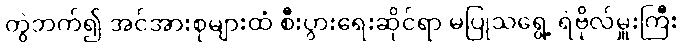
တွဲဘက်၍ အင်အားစုများထံ စီးပွားရေးဆိုင်ရာ မပြုသရွေ့ ရဲဗိုလ်မှူးကြီး